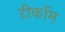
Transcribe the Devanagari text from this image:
टीकॉम